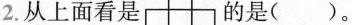
2.从上面看是的是（）